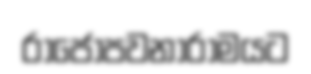
රාජෝපවනාරාමයට